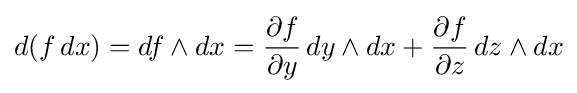
d(f\,dx)=df\wedge dx={\frac {\partial f}{\partial y}}\,dy\wedge dx+{\frac {\partial f}{\partial z}}\,dz\wedge dx